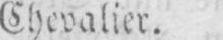
Chevalier.